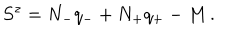
LaTeX: S ^ { z } = N _ { - } q _ { - } + N _ { + } q _ { + } - M \, .